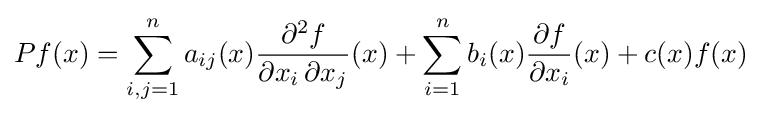
Pf(x)=\sum _{i,j=1}^{n}a_{ij}(x){\frac {\partial ^{2}f}{\partial x_{i}\,\partial x_{j}}}(x)+\sum _{i=1}^{n}b_{i}(x){\frac {\partial f}{\partial x_{i}}}(x)+c(x)f(x)